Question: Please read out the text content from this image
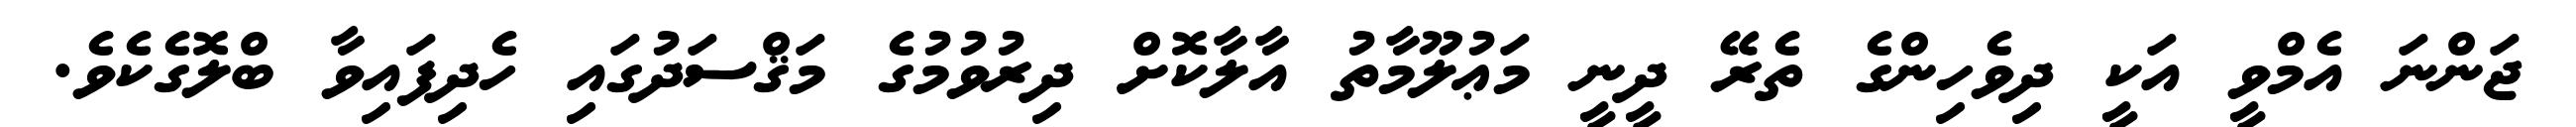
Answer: ޖަންނަ އެމްވީ އަކީ ދިވެހިންގެ ތެރޭ ދީނީ މަޢުލޫމާތު އާލާކޮށް ދިރުވުމުގެ މަޤްސަދުގައި ހެދިފައިވާ ބްލޮގެކެވެ.